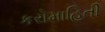
કરોમાહિતી